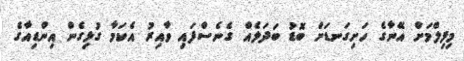
މިފިލްމަށް އޭނާގެ ހަށިގަނޑަށް ބޮޑު ބަދަލެއް ގެނެސްފައި ވާއިރު އެކަމާ ގުޅިގެން އިންޑިއާގެ